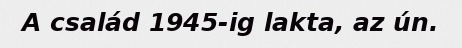
A család 1945-ig lakta, az ún.